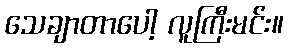
သေချာတာပေါ့ လူကြီးမင်း။